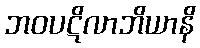
ဘဝပဋိလာဘိယာနိ